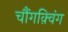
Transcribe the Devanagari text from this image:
चौंगक़्विंग